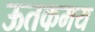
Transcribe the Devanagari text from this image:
ऊतकमय